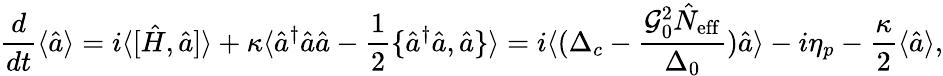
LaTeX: \frac{d}{dt}\langle\hat{a}\rangle=i\langle[\hat{H},\hat{a}]\rangle+\kappa\langle\hat{a}^{\dagger}\hat{a}\hat{a}-\frac{1}{2}\{ \hat{a}^{\dagger}\hat{a},\hat{a}\} \rangle=i\langle(\Delta_{c}-\frac{\mathcal{G}_{0}^{2}\hat{N}_{\mathrm{eff}}}{\Delta_{0}})\hat{a}\rangle-i\eta_{p}-\frac{\kappa}{2}\langle\hat{a}\rangle,